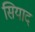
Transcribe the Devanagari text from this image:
सियाद